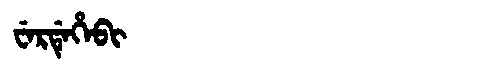
Manchu: ᠸᡝᡵᡩᡝᡥᡝᠪᡳ
Romanization: WERDEHEBI